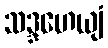
သဒ္ဒဟေယျံ